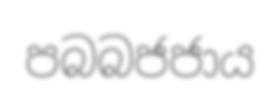
පබබජජාය